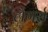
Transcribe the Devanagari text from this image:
लैगर्स